Leaving Certificate Examination, 1912
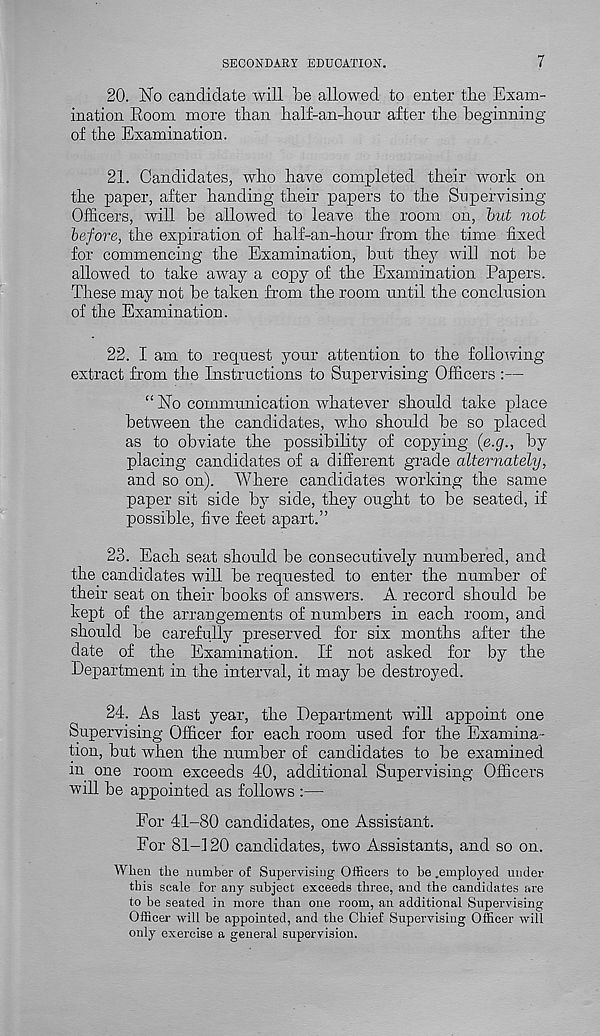
SECONDARY EDUCATION.
7
20. No candidate will be allowed to enter tlie Exam-
ination Room more than half-an-hour after the beginning
of the Examination.
21. Candidates, who have completed their work on
the paper, after handing their papers to the Supervising
Officers, will be allowed to leave the room on, but not
before, the expiration of half-an-hour from the time fixed
for commencing the Examination, but they will not be
allowed to take away a copy of the Examination Papers.
These may not be taken from the room until the conclusion
of the Examination.
22. I am to request your attention to the following-
extract from the Instructions to Supervising Officers :—
“ No communication whatever should take place
between the candidates, who should be so placed
as to obviate the possibility of copying (e.g., by
placing candidates of a different grade alternately,
and so on). Where candidates working the same
paper sit side by side, they ought to be seated, if
possible, five feet apart.”
23. Each seat should be consecutively numbered, and
the candidates will be requested to enter the number of
their seat on their books of answers. A record should be
kept of the arrangements of numbers in each room, and
should be careftilly preserved for six months after the
date of the Examination. If not asked for by the
Department in the interval, it may be destroyed.
24. As last year, the Department will appoint one
Supervising Officer for each room used for the Examina-
tion, but when the number of candidates to be examined
in one room exceeds 40, additional Supervising Officers
will be appointed as follows :—
For 41-80 candidates, one Assistant.
For 81-120 candidates, two Assistants, and so on.
When the number of Supervising Officers to be .employed under
this scale for any subject exceeds three, and the candidates are
to be seated in more than one room, an additional Supervising
Officer will be appointed, and the Chief Supervising Officer will
only exercise a general supervision.